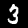
Label: 3